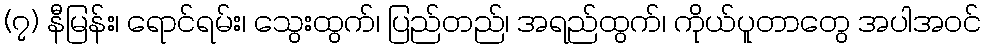
(၇) နီမြန်း၊ ရောင်ရမ်း၊ သွေးထွက်၊ ပြည်တည်၊ အရည်ထွက်၊ ကိုယ်ပူတာတွေ အပါအဝင်